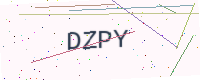
Text: DZPY